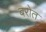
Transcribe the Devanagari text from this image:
बरोत